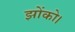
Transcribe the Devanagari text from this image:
झोंको।